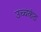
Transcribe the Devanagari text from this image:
उच्चकंठ